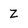
Character: Z